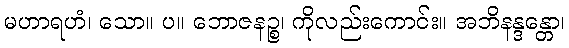
မဟာရဟံ၊ သော။ ပ။ ဘောဇနဉ္စ၊ ကိုလည်းကောင်း။ အဘိနန္ဒန္တော၊